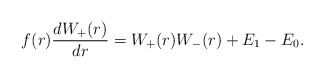
\begin{align*} f(r) \frac{dW_+(r)}{dr} = W_+(r) W_-(r) + E_1 - E_0. \end{align*}